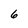
Character: 6